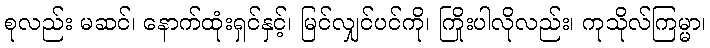
စုလည်း မဆင်၊ နောက်ထုံးရှင်နှင့်၊ မြင်လျှင်ပင်ကို၊ ကြိုးပါလိုလည်း၊ ကုသိုလ်ကြမ္မာ၊